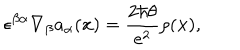
\epsilon ^ { \beta \alpha } \nabla _ { \beta } a _ { \alpha } ( { \bf x } ) = { \frac { 2 \hbar \theta } { e ^ { 2 } } } \rho ( { \bf x } ) ,